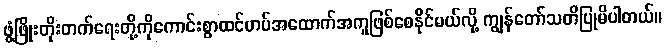
ဖွံ့ဖြိုးတိုးတက်ရေးတို့ကိုကောင်းစွာထင်ဟပ်အထောက်အကူဖြစ်စေနိုင်မယ်လို့ ကျွန်တော်သတိပြုမိပါတယ်။